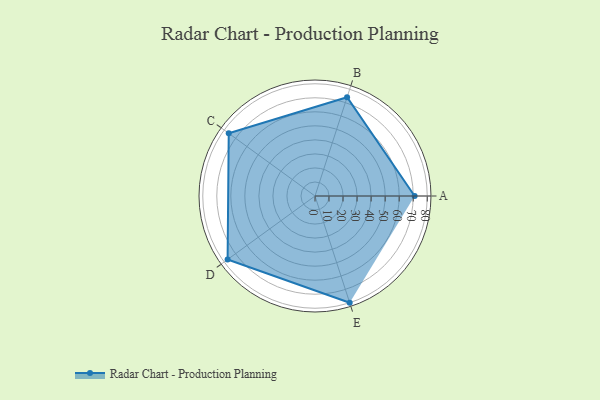
{"axis": {"x": "Skill", "y": "Score"}, "legend": ["Profile"], "data": [{"x": "A", "y": 71.0, "type": "Profile"}, {"x": "B", "y": 74.0, "type": "Profile"}, {"x": "C", "y": 76.0, "type": "Profile"}, {"x": "D", "y": 77.0, "type": "Profile"}, {"x": "E", "y": 80.0, "type": "Profile"}]}